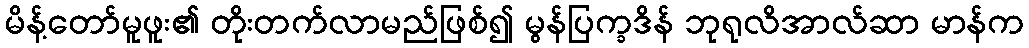
မိန့်တော်မူဖူး၏ တိုးတက်လာမည်ဖြစ်၍ မွန်ပြက္ခဒိန် ဘုရုလိအာလ်ဆာ မာန်က